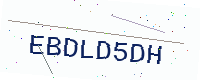
Text: EBDLD5DH